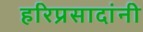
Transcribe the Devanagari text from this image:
हरिप्रसादांनी